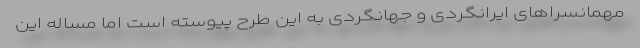
مهمانسراهای ایرانگردی و جهانگردی به این طرح پیوسته است اما مساله این